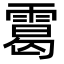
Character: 䨠